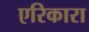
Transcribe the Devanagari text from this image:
एरिकारा